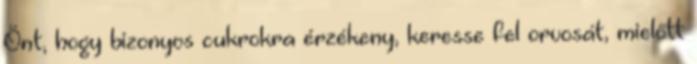
Önt, hogy bizonyos cukrokra érzékeny, keresse fel orvosát, mielőtt